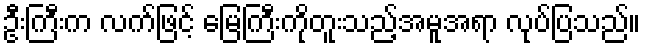
ဦးကြီးက လက်ဖြင့် မြေကြီးကိုတူးသည့်အမူအရာ လုပ်ပြသည်။